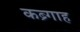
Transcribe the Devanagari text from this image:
कब्र्गाह